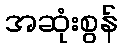
အဆုံးစွန်